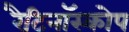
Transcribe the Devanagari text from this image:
रैटिनॉस्कोप